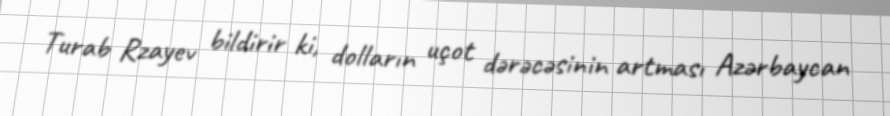
Turab Rzayev bildirir ki, dolların uçot dərəcəsinin artması Azərbaycan